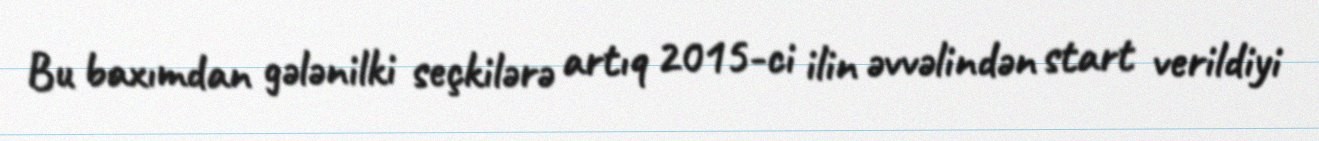
Bu baxımdan gələnilki seçkilərə artıq 2015-ci ilin əvvəlindən start verildiyi